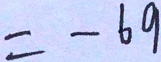
= - 6 9